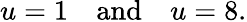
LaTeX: u=1\quad{\mathrm{and}}\quad u=8.